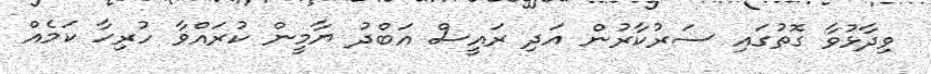
ވިދާޅުވާ ގޮތުގައި ސަރުކާރުން އަދި ރައީސް އަބްދު ޔާމީން ކުރައްވާ ހުރިހާ ކަމެއް